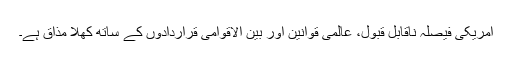
امریکی فیصلہ ناقابل قبول، عالمی قوانین اور بین الاقوامی قراردادوں کے ساتھ کھلا مذاق ہے۔